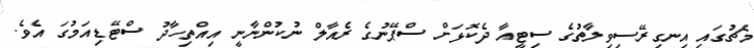
މެޗުގައި އިނގިރޭސިވިލާތުގެ ސިޓީއާ ދެކޮޅަށް ސްޕޭނުގެ ރެއާލް ނުކުންނާނީ އިއްތިހާދު ސްޓޭޑިއަމުގަ އެވެ.